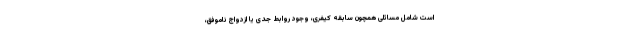
است شامل مسائلی همچون سابقه کیفری، وجود روابط جدی یا ازدواج ناموفق،